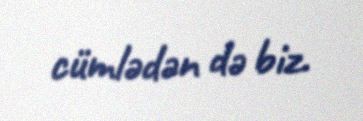
cümlədən də biz.